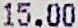
15.00